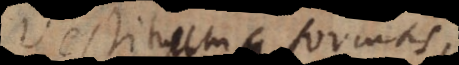
vestituum formas,